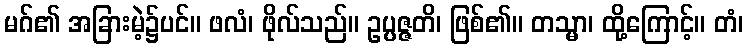
မဂ်၏ အခြားမဲ့၌ပင်။ ဖလံ၊ ဖိုလ်သည်။ ဥပ္ပဇ္ဇတိ၊ ဖြစ်၏။ တသ္မာ၊ ထို့ကြောင့်။ တံ၊